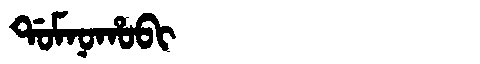
Manchu: ᡩᠣᠮᠨᠣᡥᠣᠪᡳ
Romanization: DOMNOHOBI